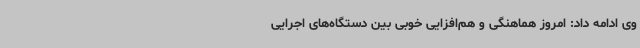
وی ادامه داد: امروز هماهنگی و هم‌افزایی خوبی بین دستگاه‌های اجرایی